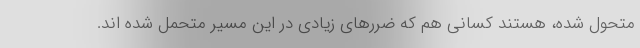
متحول شده، هستند کسانی هم که ضررهای زیادی در این مسیر متحمل شده اند.